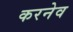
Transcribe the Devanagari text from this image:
करनेव